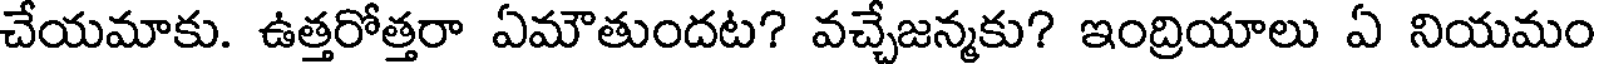
చేయమాకు. ఉత్తరోత్తరా ఏమౌతుందట? వచ్చేజన్మకు? ఇంద్రియాలు ఏ నియమం